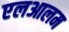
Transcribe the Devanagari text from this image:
एलआलम